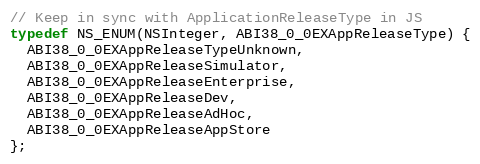
Language: C
// Keep in sync with ApplicationReleaseType in JS
typedef NS_ENUM(NSInteger, ABI38_0_0EXAppReleaseType) {
  ABI38_0_0EXAppReleaseTypeUnknown,
  ABI38_0_0EXAppReleaseSimulator,
  ABI38_0_0EXAppReleaseEnterprise,
  ABI38_0_0EXAppReleaseDev,
  ABI38_0_0EXAppReleaseAdHoc,
  ABI38_0_0EXAppReleaseAppStore
};